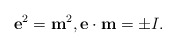
\begin{align*} {\bf e}^2 = {\bf m}^2 , {\bf e} \cdot {\bf m} = \pm I.\end{align*}